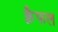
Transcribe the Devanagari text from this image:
क्वैफल